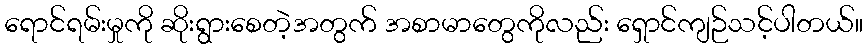
ရောင်ရမ်းမှုကို ဆိုးရွားစေတဲ့အတွက် အစာမာတွေကိုလည်း ရှောင်ကျဉ်သင့်ပါတယ်။